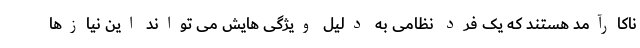
ناکارآمد هستند که یک فرد نظامی به دلیل ویژگی هایش می تواند این نیازها